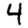
Digit: 4